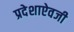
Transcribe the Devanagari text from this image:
प्रदेशाऐवजी